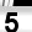
Digit: 5